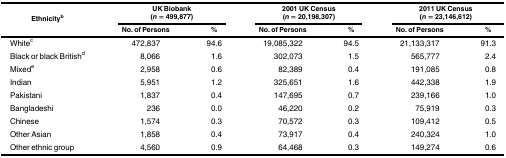
<table><thead><tr><td rowspan="2"><b>Ethnicity<sup>b</sup></b></td><td colspan="2"><b>UK Biobank (<i>n</i> = 499,877)</b></td><td colspan="2"><b>2001 UK Census (<i>n</i> = 20,198,307)</b></td><td colspan="2"><b>2011 UK Census (<i>n</i> = 23,146,612)</b></td></tr><tr><td><b>No. of Persons</b></td><td><b>%</b></td><td><b>No. of Persons</b></td><td><b>%</b></td><td><b>No. of Persons</b></td><td><b>%</b></td></tr></thead><tbody><tr><td>White<sup>c</sup></td><td>472,837</td><td>94.6</td><td>19,085,322</td><td>94.5</td><td>21,133,317</td><td>91.3</td></tr><tr><td>Black or black British<sup>d</sup></td><td>8,066</td><td>1.6</td><td>302,073</td><td>1.5</td><td>565,777</td><td>2.4</td></tr><tr><td>Mixed<sup>e</sup></td><td>2,958</td><td>0.6</td><td>82,389</td><td>0.4</td><td>191,085</td><td>0.8</td></tr><tr><td>Indian</td><td>5,951</td><td>1.2</td><td>325,651</td><td>1.6</td><td>442,338</td><td>1.9</td></tr><tr><td>Pakistani</td><td>1,837</td><td>0.4</td><td>147,695</td><td>0.7</td><td>239,166</td><td>1.0</td></tr><tr><td>Bangladeshi</td><td>236</td><td>0.0</td><td>46,220</td><td>0.2</td><td>75,919</td><td>0.3</td></tr><tr><td>Chinese</td><td>1,574</td><td>0.3</td><td>70,572</td><td>0.3</td><td>109,412</td><td>0.5</td></tr><tr><td>Other Asian</td><td>1,858</td><td>0.4</td><td>73,917</td><td>0.4</td><td>240,324</td><td>1.0</td></tr><tr><td>Other ethnic group</td><td>4,560</td><td>0.9</td><td>64,468</td><td>0.3</td><td>149,274</td><td>0.6</td></tr></tbody></table>